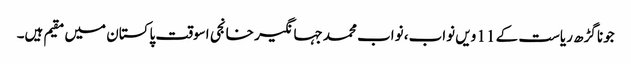
جونا گڑھ ریاست کے 11 ویں نواب، نواب محمد جہانگیر خانجی اسوقت پاکستان میں مقیم ہیں۔